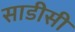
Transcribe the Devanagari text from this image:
साडीसी